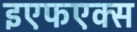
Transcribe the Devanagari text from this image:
इएफएक्स